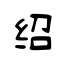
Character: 绍